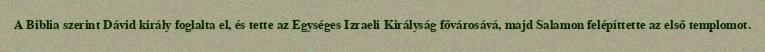
A Biblia szerint Dávid király foglalta el, és tette az Egységes Izraeli Királyság fővárosává, majd Salamon felépíttette az első templomot.